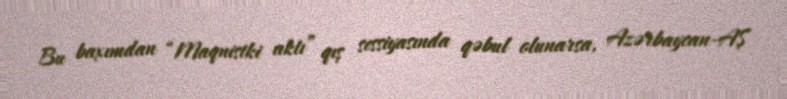
Bu baxımdan “Maqnistki aktı” qış sessiyasında qəbul olunarsa, Azərbaycan-AŞ